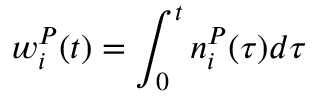
w _ { i } ^ { P } ( t ) = \int _ { 0 } ^ { t } n _ { i } ^ { P } ( \tau ) d \tau